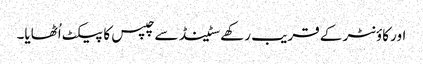
اور کاؤنٹر کے قریب رکھے سٹینڈ سے چپس کا پیکٹ اُٹھایا۔